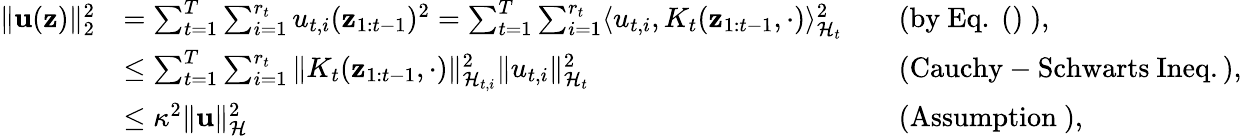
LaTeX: \begin{array}{rlrl}{\| {\mathbf u}({\mathbf z})\| _{2}^{2}}&{=\sum_{t=1}^{T}\sum_{i=1}^{r_{t}}u_{t,i}({\mathbf z}_{1:t-1})^{2}=\sum_{t=1}^{T}\sum_{i=1}^{r_{t}}\langle u_{t,i},K_{t}({\mathbf z}_{1:t-1},\cdot)\rangle_{\mathcal{H}_{t}}^{2}}&&{\mathrm{(by~Eq.~()~),}}\\ &{\leq\sum_{t=1}^{T}\sum_{i=1}^{r_{t}}\| K_{t}({\mathbf z}_{1:t-1},\cdot)\| _{\mathcal{H}_{t,i}}^{2}\| u_{t,i}\| _{\mathcal{H}_{t}}^{2}}&&{\mathrm{(Cauchy-Schwarts~Ineq.),}}\\ &{\leq\kappa^{2}\| {\mathbf u}\| _{\mathcal{H}}^{2}}&&{\mathrm{(Assumption~)},}\end{array}